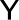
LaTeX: {\sf Y}